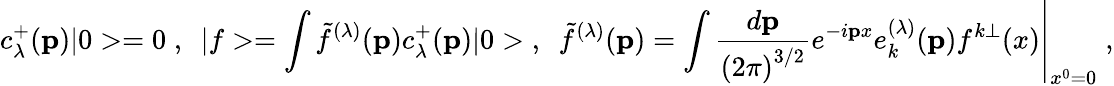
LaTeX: c_{\lambda}^{+}({\mathbf p})|0>=0\; ,~~|f>=\int{\tilde{f}}^{(\lambda)}({\mathbf p)}c_{\lambda}^{+}({\mathbf p)}|0>\; ,~~{\tilde{f}}^{(\lambda)}({\mathbf p)}=\left.\int\frac{d{\mathbf p}}{\left(2\pi\right)^{3/2}}e^{-i{\mathbf px}}e_{k}^{(\lambda)}({\mathbf p})f^{k\perp}(x)\right|_{x^{0}=0}\; ,